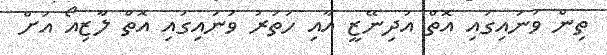
ތިން ވަނައިގައި އޮތް އުދިނޭޒީ އާއި ހަތަރު ވަނައިގައި އޮތް ލާޒިއޯ އަށް